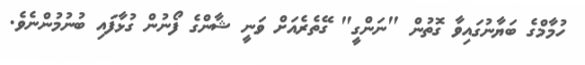
ހުމާމްގެ ބަޔާނުގައިވާ ގޮތުން "ނަންގީ" ގޭތެރެއަށް ވަނީ ޝާންގެ ފޯނުން ގުޅާފައި ބުނުމުންނެވެ.